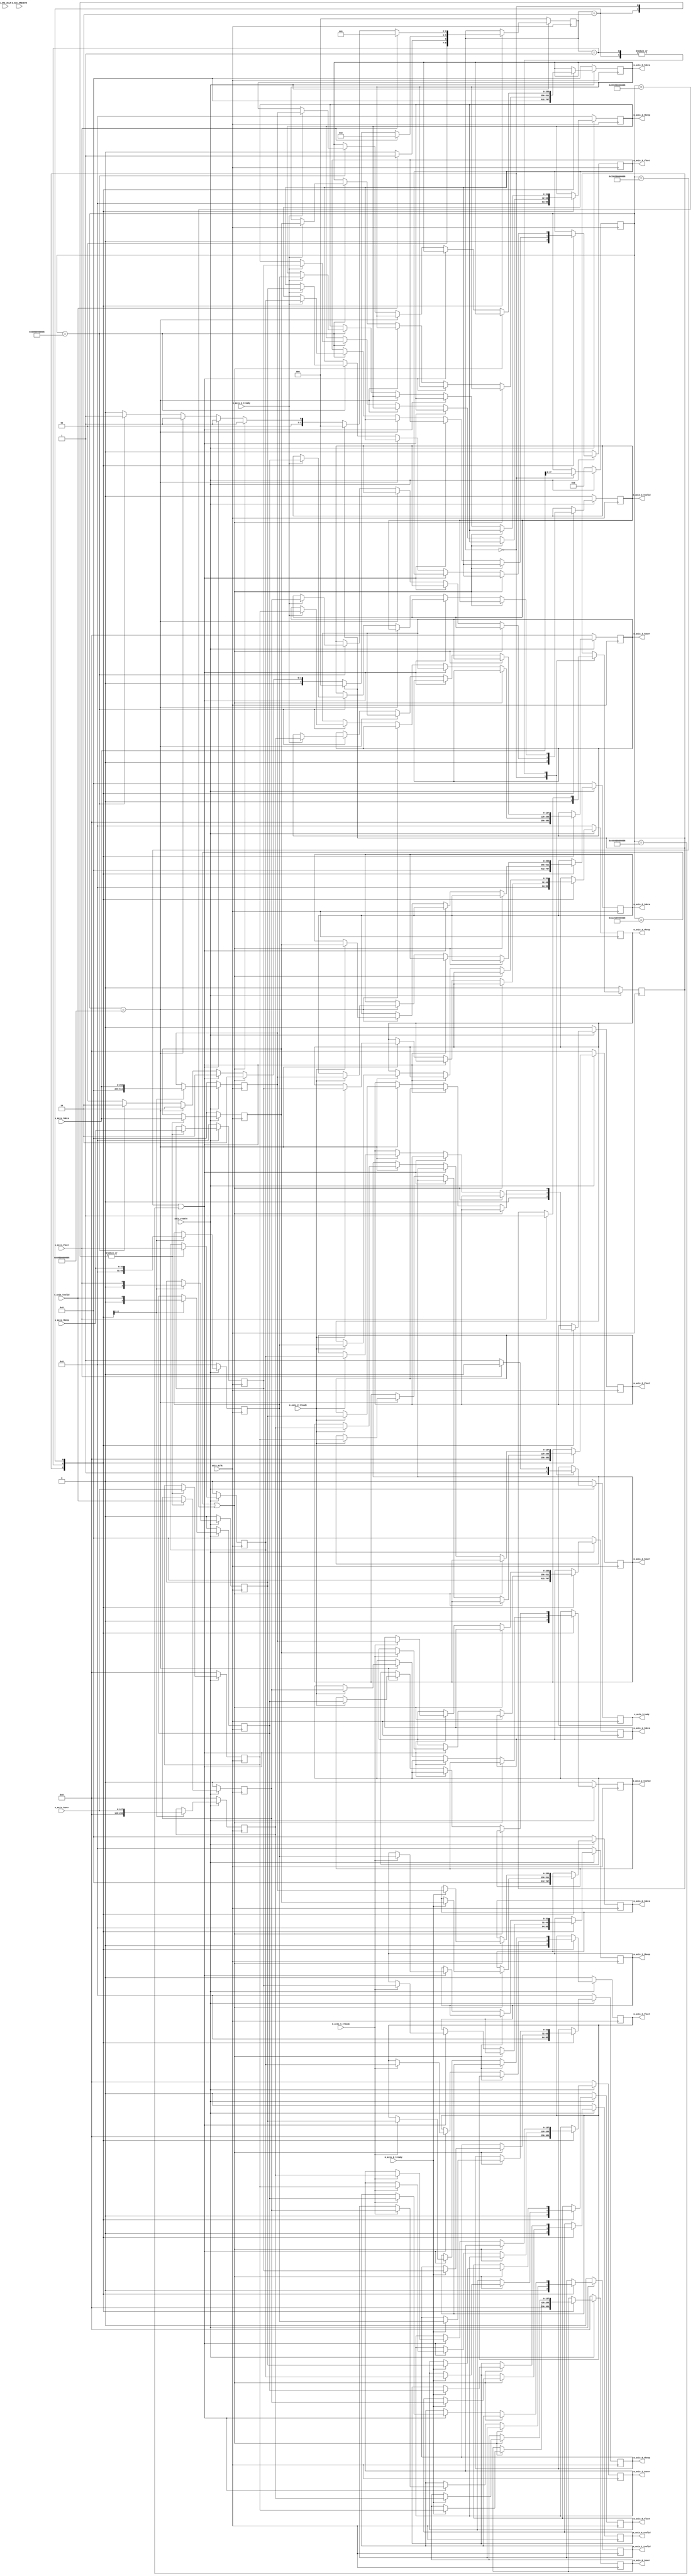
//
// Copyright (c) 2019 Mateus Saquetti
// All rights reserved.
//
// This software was modified by Institute of Informatics of the Federal
// University of Rio Grande do Sul (INF-UFRGS)
//
// Description:
//        Adapted to run in P4VBox architecture
//
// @NETFPGA_LICENSE_HEADER_START@
//
// Licensed to NetFPGA C.I.C. (NetFPGA) under one or more contributor
// license agreements.  See the NOTICE file distributed with this work for
// additional information regarding copyright ownership.  NetFPGA licenses this
// file to you under the NetFPGA Hardware-Software License, Version 1.0 (the
// "License"); you may not use this file except in compliance with the
// License.  You may obtain a copy of the License at:
//
//   http://www.netfpga-cic.org
//
// Unless required by applicable law or agreed to in writing, Work distributed
// under the License is distributed on an "AS IS" BASIS, WITHOUT WARRANTIES OR
// CONDITIONS OF ANY KIND, either express or implied.  See the License for the
// specific language governing permissions and limitations under the License.
//
// @NETFPGA_LICENSE_HEADER_END@
//


`timescale 1ns / 1ps

module input_p4_interface
#(
  //Slave AXI parameters
  parameter C_S_AXI_DATA_WIDTH    = 32,
  parameter C_S_AXI_ADDR_WIDTH    = 32,
  parameter C_BASEADDR            = 32'h00000000,

  // Master AXI Stream Data Width
  parameter C_M_AXIS_DATA_WIDTH=256,
  parameter C_S_AXIS_DATA_WIDTH=256,
  parameter C_M_AXIS_TUSER_WIDTH=128,
  parameter C_S_AXIS_TUSER_WIDTH=128,
  parameter NUM_QUEUES=5,
  parameter DIGEST_WIDTH =80
)
(
  // Global Ports
  input                                                           axis_aclk,
  input                                                           axis_resetn,

  // Master Stream Ports (interface to nf_sume_sdnet_ips)
  output reg [C_S_AXIS_DATA_WIDTH - 1:0]                          m_axis_0_tdata,
  output reg [((C_S_AXIS_DATA_WIDTH / 8)) - 1:0]                  m_axis_0_tkeep,
  output reg [C_M_AXIS_TUSER_WIDTH-1:0]                           m_axis_0_tuser,
  output reg                                                      m_axis_0_tvalid,
  output reg                                                      m_axis_0_tlast,
  input                                                           m_axis_0_tready,

  output reg [C_S_AXIS_DATA_WIDTH - 1:0]                          m_axis_1_tdata,
  output reg [((C_S_AXIS_DATA_WIDTH / 8)) - 1:0]                  m_axis_1_tkeep,
  output reg [C_M_AXIS_TUSER_WIDTH-1:0]                           m_axis_1_tuser,
  output reg                                                      m_axis_1_tvalid,
  output reg                                                      m_axis_1_tlast,
  input                                                           m_axis_1_tready,

  output reg [C_S_AXIS_DATA_WIDTH - 1:0]                          m_axis_2_tdata,
  output reg [((C_S_AXIS_DATA_WIDTH / 8)) - 1:0]                  m_axis_2_tkeep,
  output reg [C_M_AXIS_TUSER_WIDTH-1:0]                           m_axis_2_tuser,
  output reg                                                      m_axis_2_tvalid,
  output reg                                                      m_axis_2_tlast,
  input                                                           m_axis_2_tready,

  output reg [C_S_AXIS_DATA_WIDTH - 1:0]                          m_axis_3_tdata,
  output reg [((C_S_AXIS_DATA_WIDTH / 8)) - 1:0]                  m_axis_3_tkeep,
  output reg [C_M_AXIS_TUSER_WIDTH-1:0]                           m_axis_3_tuser,
  output reg                                                      m_axis_3_tvalid,
  output reg                                                      m_axis_3_tlast,
  input                                                           m_axis_3_tready,

  // Slave Stream Ports (interface to input_arbiter)
  input   [C_M_AXIS_DATA_WIDTH - 1:0]                             s_axis_tdata,
  input   [((C_M_AXIS_DATA_WIDTH / 8)) - 1:0]                     s_axis_tkeep,
  input   [C_M_AXIS_TUSER_WIDTH-1:0]                              s_axis_tuser,
  input                                                           s_axis_tvalid,
  input                                                           s_axis_tlast,
  output reg                                                      s_axis_tready,

  // Slave AXI Ports
  input                                                           S_AXI_ACLK,
  input                                                           S_AXI_ARESETN
);

  // ------------ Internal Params --------

  localparam MAC_SRC_WIDTH=48;
  localparam MAC_DST_WIDTH=48;
  localparam MAC_addr_H0=48'h110100000008;
  localparam MAC_addr_H1=48'h220200000008;
  localparam MAC_addr_H2=48'h330300000008;
  localparam MAC_addr_H3=48'h440400000008;

  localparam VLAN_WIDTH=32;
  localparam VLAN_WIDTH_ID=12;
  localparam VLAN_THRESHOLD_BGN=128;
  localparam VLAN_THRESHOLD_END=96;

  localparam NUM_STATES=3;
  localparam WAIT_PKT=0;
  localparam WRITE_PKT_BEG=1;
  localparam WRITE_PKT_END=2;
  localparam END_PKT=3;

  // ------------- Regs/ wires -----------
  /* Format of tdata signal:
   *    [127:96]          vlan_tdata;     // Dot1Q<32 bits>
   * Format of vlan_tdata signal:
   *    [15:0]            vlan_prot_id;   // Protocol Identifier<32 bits>
   *    [31:16]           vlan_info;      // Tag Information<32 bits>
   * Format of vlan_info signal:
   *    [7:5]             vlan_info_prio; // Priority<3 bits>
   *    [4]               vlan_info_drop; // Drop Eligible<1 bit>
   *    {[3:0], [15: 8]}  vlan_info_id;   // VLAN Identifier<12 bits>
   */

  wire [MAC_SRC_WIDTH - 1:0]                mac_src_tdata;
  wire [MAC_DST_WIDTH - 1:0]                mac_dst_tdata;
  reg [MAC_SRC_WIDTH - 1:0]                 mac_src;
  reg [MAC_DST_WIDTH - 1:0]                 mac_dst;

  wire [VLAN_WIDTH - 1:0]                   vlan_tdata;
  wire [(( VLAN_WIDTH/2 )) - 1:0]           vlan_prot_id;
  wire [(( VLAN_WIDTH/2 )) - 1:0]           vlan_info;
  wire [(( VLAN_WIDTH_ID/4 )) - 1:0]        vlan_info_prio;
  wire                                      vlan_info_drop;
  wire [VLAN_WIDTH_ID -1 :0]                vlan_info_id;

  reg [NUM_STATES-1:0]                      ipi_state;
  reg                                       ipi_end_pkt;
  reg [(( VLAN_WIDTH/2 )) - 1:0]            ipi_vlan_prot_id;
  reg [VLAN_WIDTH_ID -1 :0]                 ipi_vlan_info_id;

  reg [C_S_AXIS_DATA_WIDTH - 1:0]           ipi_tdata;
  reg [((C_S_AXIS_DATA_WIDTH / 8)) - 1:0]   ipi_tkeep;
  reg [C_M_AXIS_TUSER_WIDTH-1:0]            ipi_tuser;
  reg                                       ipi_tvalid;
  reg                                       ipi_tlast;
  reg [C_S_AXIS_DATA_WIDTH - 1:0]           ipi_tdata_next;
  reg [((C_S_AXIS_DATA_WIDTH / 8)) - 1:0]   ipi_tkeep_next;
  reg [C_M_AXIS_TUSER_WIDTH-1:0]            ipi_tuser_next;
  reg                                       ipi_tvalid_next;
  reg                                       ipi_tlast_next;

  // ------------- Logic ------------

  assign mac_dst_tdata = s_axis_tdata [MAC_DST_WIDTH - 1:0];
  assign mac_src_tdata = s_axis_tdata [MAC_SRC_WIDTH+MAC_DST_WIDTH - 1:MAC_DST_WIDTH];

  assign vlan_tdata = s_axis_tdata [VLAN_THRESHOLD_BGN - 1:VLAN_THRESHOLD_END];
  assign vlan_prot_id = vlan_tdata [((VLAN_WIDTH/2)) - 1:0];
  assign vlan_info = vlan_tdata [VLAN_WIDTH - 1:(( VLAN_WIDTH/2 ))];
  assign vlan_info_prio = vlan_info [7:5];
  assign vlan_info_drop = vlan_info [4];
  assign vlan_info_id = {vlan_info[3:0], vlan_info[15: 8]};


  always @(posedge axis_aclk) begin
    if( axis_resetn ) begin
      case( ipi_state )

        WAIT_PKT: begin
          s_axis_tready <= 1;

          ipi_end_pkt <= 0;
          ipi_vlan_prot_id <= vlan_prot_id;
          ipi_vlan_info_id <= vlan_info_id;
          mac_dst <= mac_dst_tdata;
          mac_src <= mac_src_tdata;

          ipi_tdata  <= s_axis_tdata;
          ipi_tuser  <= s_axis_tuser;
          ipi_tkeep  <= s_axis_tkeep;
          ipi_tvalid <= s_axis_tvalid;
          ipi_tlast  <= s_axis_tlast;
          ipi_tdata_next <= 0;
          ipi_tkeep_next <= 0;
          ipi_tuser_next <= 0;
          ipi_tvalid_next<= 0;
          ipi_tlast_next <= 0;

          m_axis_0_tdata  <= 0;
          m_axis_0_tkeep  <= 0;
          m_axis_0_tuser  <= 0;
          m_axis_0_tvalid <= 0;
          m_axis_0_tlast  <= 0;
          //m_axis_0_tready
          m_axis_1_tdata  <= 0;
          m_axis_1_tkeep  <= 0;
          m_axis_1_tuser  <= 0;
          m_axis_1_tvalid <= 0;
          m_axis_1_tlast  <= 0;
          //m_axis_1_tready
          m_axis_2_tdata  <= 0;
          m_axis_2_tkeep  <= 0;
          m_axis_2_tuser  <= 0;
          m_axis_2_tvalid <= 0;
          m_axis_2_tlast  <= 0;
          //m_axis_2_tready
          m_axis_3_tdata  <= 0;
          m_axis_3_tkeep  <= 0;
          m_axis_3_tuser  <= 0;
          m_axis_3_tvalid <= 0;
          m_axis_3_tlast  <= 0;
          //m_axis_3_tready

          if ( s_axis_tvalid ) begin
            ipi_state = WRITE_PKT_BEG;
          end
          else begin
            ipi_state = WAIT_PKT;
          end
        end

        WRITE_PKT_BEG: begin
          s_axis_tready <= 1;

          ipi_tdata_next  <= s_axis_tdata;
          ipi_tuser_next  <= s_axis_tuser;
          ipi_tkeep_next  <= s_axis_tkeep;
          ipi_tvalid_next <= s_axis_tvalid;
          ipi_tlast_next  <= s_axis_tlast;

          ipi_state = WRITE_PKT_END;
          if ( mac_dst == MAC_addr_H0 || mac_dst == MAC_addr_H1 ) begin // 0000 0000 0001
            if ( m_axis_0_tready == 1 ) begin
              m_axis_0_tdata  <= ipi_tdata;
              m_axis_0_tuser  <= ipi_tuser;
              m_axis_0_tkeep  <= ipi_tkeep;
              m_axis_0_tvalid <= ipi_tvalid;
              m_axis_0_tlast  <= ipi_tlast;
            end
          end
          else if ( mac_dst == MAC_addr_H2 || mac_dst == MAC_addr_H3 ) begin // 0000 0000 0002
            if ( m_axis_1_tready == 1 ) begin
              m_axis_1_tdata  <= ipi_tdata;
              m_axis_1_tuser  <= ipi_tuser;
              m_axis_1_tkeep  <= ipi_tkeep;
              m_axis_1_tvalid <= ipi_tvalid;
              m_axis_1_tlast  <= ipi_tlast;
            end
          end
          else if ( mac_dst == 48'h050500000005 ) begin // 0000 0000 0003
            if ( m_axis_2_tready == 1 ) begin
              m_axis_2_tdata  <= ipi_tdata;
              m_axis_2_tuser  <= ipi_tuser;
              m_axis_2_tkeep  <= ipi_tkeep;
              m_axis_2_tvalid <= ipi_tvalid;
              m_axis_2_tlast  <= ipi_tlast;
            end
          end
          else if ( mac_dst == 48'h050600000005 ) begin // 0000 0000 0004
            if ( m_axis_3_tready == 1 ) begin
              m_axis_3_tdata  <= ipi_tdata;
              m_axis_3_tuser  <= ipi_tuser;
              m_axis_3_tkeep  <= ipi_tkeep;
              m_axis_3_tvalid <= ipi_tvalid;
              m_axis_3_tlast  <= ipi_tlast;
            end
          end
          else begin
            ipi_state = WAIT_PKT;
          end

          if ( s_axis_tlast ) begin
            ipi_state = WRITE_PKT_END;
            s_axis_tready <= 0;
            ipi_end_pkt <= 1;
          end
          else begin
            if( ipi_end_pkt ) begin
              ipi_state = WAIT_PKT;
              s_axis_tready <= 1;
            end
          end

        end // case: WRITE_PKT_BEG

        WRITE_PKT_END: begin
          s_axis_tready <= 1;

          ipi_tdata <= s_axis_tdata;
          ipi_tuser <= s_axis_tuser;
          ipi_tkeep <= s_axis_tkeep;
          ipi_tvalid <= s_axis_tvalid;
          ipi_tlast <= s_axis_tlast;


          ipi_state = WRITE_PKT_BEG;
          if ( mac_dst == MAC_addr_H0 || mac_dst == MAC_addr_H1 ) begin // 0000 0000 0001
            if ( m_axis_0_tready == 1 ) begin
              m_axis_0_tdata  <= ipi_tdata_next;
              m_axis_0_tuser  <= ipi_tuser_next;
              m_axis_0_tkeep  <= ipi_tkeep_next;
              m_axis_0_tvalid <= ipi_tvalid_next;
              m_axis_0_tlast  <= ipi_tlast_next;
            end
          end
          else if ( mac_dst == MAC_addr_H2 || mac_dst == MAC_addr_H3 ) begin // 0000 0000 0002
            if ( m_axis_1_tready == 1 ) begin
              m_axis_1_tdata  <= ipi_tdata_next;
              m_axis_1_tuser  <= ipi_tuser_next;
              m_axis_1_tkeep  <= ipi_tkeep_next;
              m_axis_1_tvalid <= ipi_tvalid_next;
              m_axis_1_tlast  <= ipi_tlast_next;
            end
          end
          else if ( mac_dst == 48'h050500000005 ) begin // 0000 0000 0002
            if ( m_axis_2_tready == 1 ) begin
              m_axis_2_tdata  <= ipi_tdata_next;
              m_axis_2_tuser  <= ipi_tuser_next;
              m_axis_2_tkeep  <= ipi_tkeep_next;
              m_axis_2_tvalid <= ipi_tvalid_next;
              m_axis_2_tlast  <= ipi_tlast_next;
            end
          end
          else if ( mac_dst == 48'h050600000005 ) begin // 0000 0000 0002
            if ( m_axis_3_tready == 1 ) begin
              m_axis_3_tdata  <= ipi_tdata_next;
              m_axis_3_tuser  <= ipi_tuser_next;
              m_axis_3_tkeep  <= ipi_tkeep_next;
              m_axis_3_tvalid <= ipi_tvalid_next;
              m_axis_3_tlast  <= ipi_tlast_next;
            end
          end
          else begin
            ipi_state = WAIT_PKT;
          end
          if ( s_axis_tlast ) begin
            ipi_state = WRITE_PKT_BEG;
            s_axis_tready <= 0;
            ipi_end_pkt <= 1;
          end
          else begin
            if( ipi_end_pkt ) begin
              ipi_state = WAIT_PKT;
              s_axis_tready <= 1;
            end
          end
        end // case: WRITE_PKT_END

      endcase // case(ipi_state)
    end
    else begin // if ( axis_resetn )
      s_axis_tready <= 0;

      ipi_vlan_prot_id <= 0;
      ipi_vlan_info_id <= 0;
      mac_dst <= 0;
      mac_src <= 0;
      ipi_tdata <= 0;
      ipi_tkeep <= 0;
      ipi_tuser <= 0;
      ipi_tvalid <= 0;
      ipi_tlast <= 0;
      ipi_tdata_next <= 0;
      ipi_tkeep_next <= 0;
      ipi_tuser_next <= 0;
      ipi_tvalid_next <= 0;
      ipi_tlast_next <= 0;

      m_axis_0_tdata  <= 0;
      m_axis_0_tkeep  <= 0;
      m_axis_0_tuser  <= 0;
      m_axis_0_tvalid <= 0;
      m_axis_0_tlast  <= 0;
      m_axis_1_tdata  <= 0;
      m_axis_1_tkeep  <= 0;
      m_axis_1_tuser  <= 0;
      m_axis_1_tvalid <= 0;
      m_axis_1_tlast  <= 0;
      m_axis_2_tdata  <= 0;
      m_axis_2_tkeep  <= 0;
      m_axis_2_tuser  <= 0;
      m_axis_2_tvalid <= 0;
      m_axis_2_tlast  <= 0;
      m_axis_3_tdata  <= 0;
      m_axis_3_tkeep  <= 0;
      m_axis_3_tuser  <= 0;
      m_axis_3_tvalid <= 0;
      m_axis_3_tlast  <= 0;

      ipi_end_pkt <= 0;
      ipi_state = WAIT_PKT;
    end // if ( axis_resetn )

  end // always @(posedge axis_aclk)

endmodule